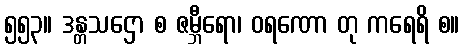
၅၅၃။ ဒန္တသဌော စ ဇမ္ဘီရော၊ ဝရဏော တု ကရေရိ စ။